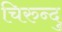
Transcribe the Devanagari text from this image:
चिरुन्दु